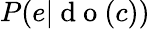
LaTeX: P(e|\mathrm{~d~o~}(c))